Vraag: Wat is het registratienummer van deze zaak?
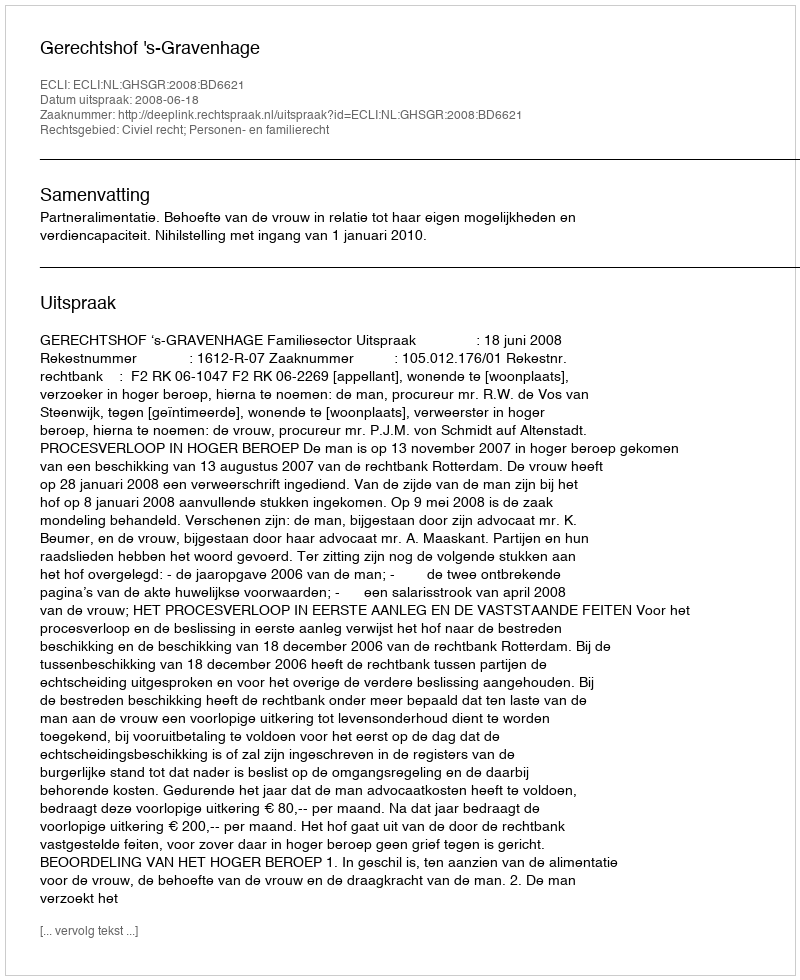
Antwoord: http://deeplink.rechtspraak.nl/uitspraak?id=ECLI:NL:GHSGR:2008:BD6621